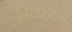
બિયારણના